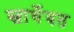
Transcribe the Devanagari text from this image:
स्वार्थेयत